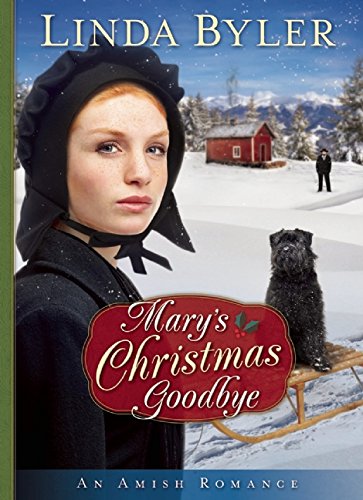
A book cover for Mary's Christmas Goodbye: An Amish Romance; Linda Byler; Romance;